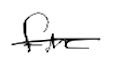
Text: fire
Cross-out: single-line
Writing tool: digital_black